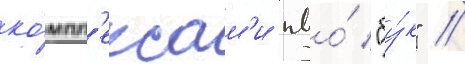
ко́мпл'ексам'и пво́ "бу́к" //